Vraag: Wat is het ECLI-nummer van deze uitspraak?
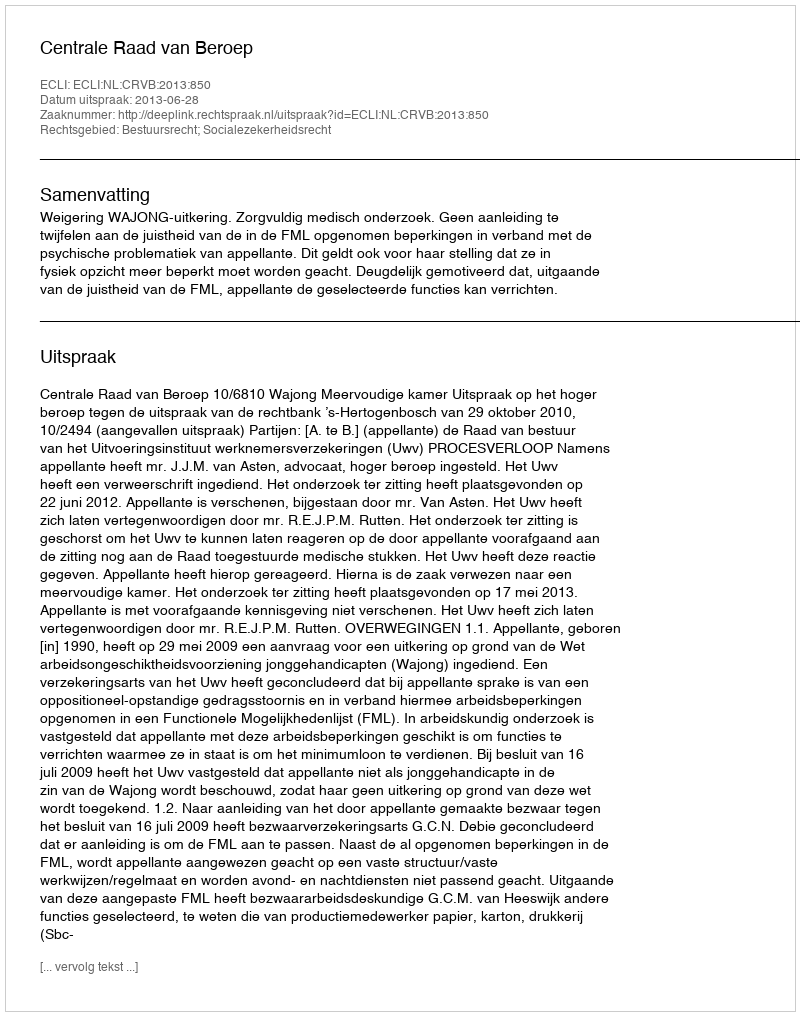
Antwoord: ECLI:NL:CRVB:2013:850